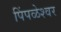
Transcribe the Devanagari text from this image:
पिंपळेश्‍वर